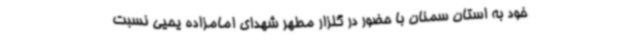
خود به استان سمنان با حضور در گلزار مطهر شهدای امامزاده یحیی نسبت